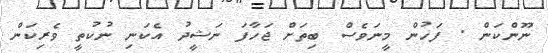
ނޫންކަން . ފަހުން މީނަވެސް ބިތަށް ޖަހާފަ ނަޝީދު އެކަނި ނުކުތީ ވެރިކަން